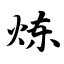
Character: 炼